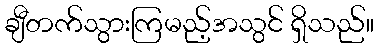
ချီတက်သွားကြမည့်အသွင် ရှိသည်။